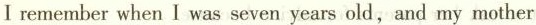
I remember when I was seven years old,and my mother